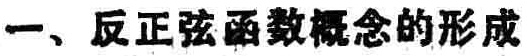
一、反正弦函数概念的形成